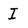
Character: I